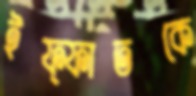
ইফ্ফাতকে